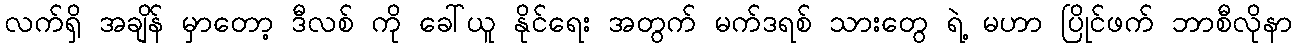
လက်ရှိ အချိန် မှာတော့ ဒီလစ် ကို ခေါ်ယူ နိုင်ရေး အတွက် မက်ဒရစ် သားတွေ ရဲ့ မဟာ ပြိုင်ဖက် ဘာစီလိုနာ